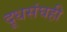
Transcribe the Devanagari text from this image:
दूधसंघही